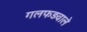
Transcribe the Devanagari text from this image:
गलफड़वाले